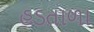
હડતાળા